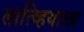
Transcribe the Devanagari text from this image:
लात्व्हियाला